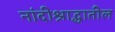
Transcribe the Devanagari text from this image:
नांदीश्राद्धातील